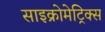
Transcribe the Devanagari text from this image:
साइक्रोमेट्रिक्स